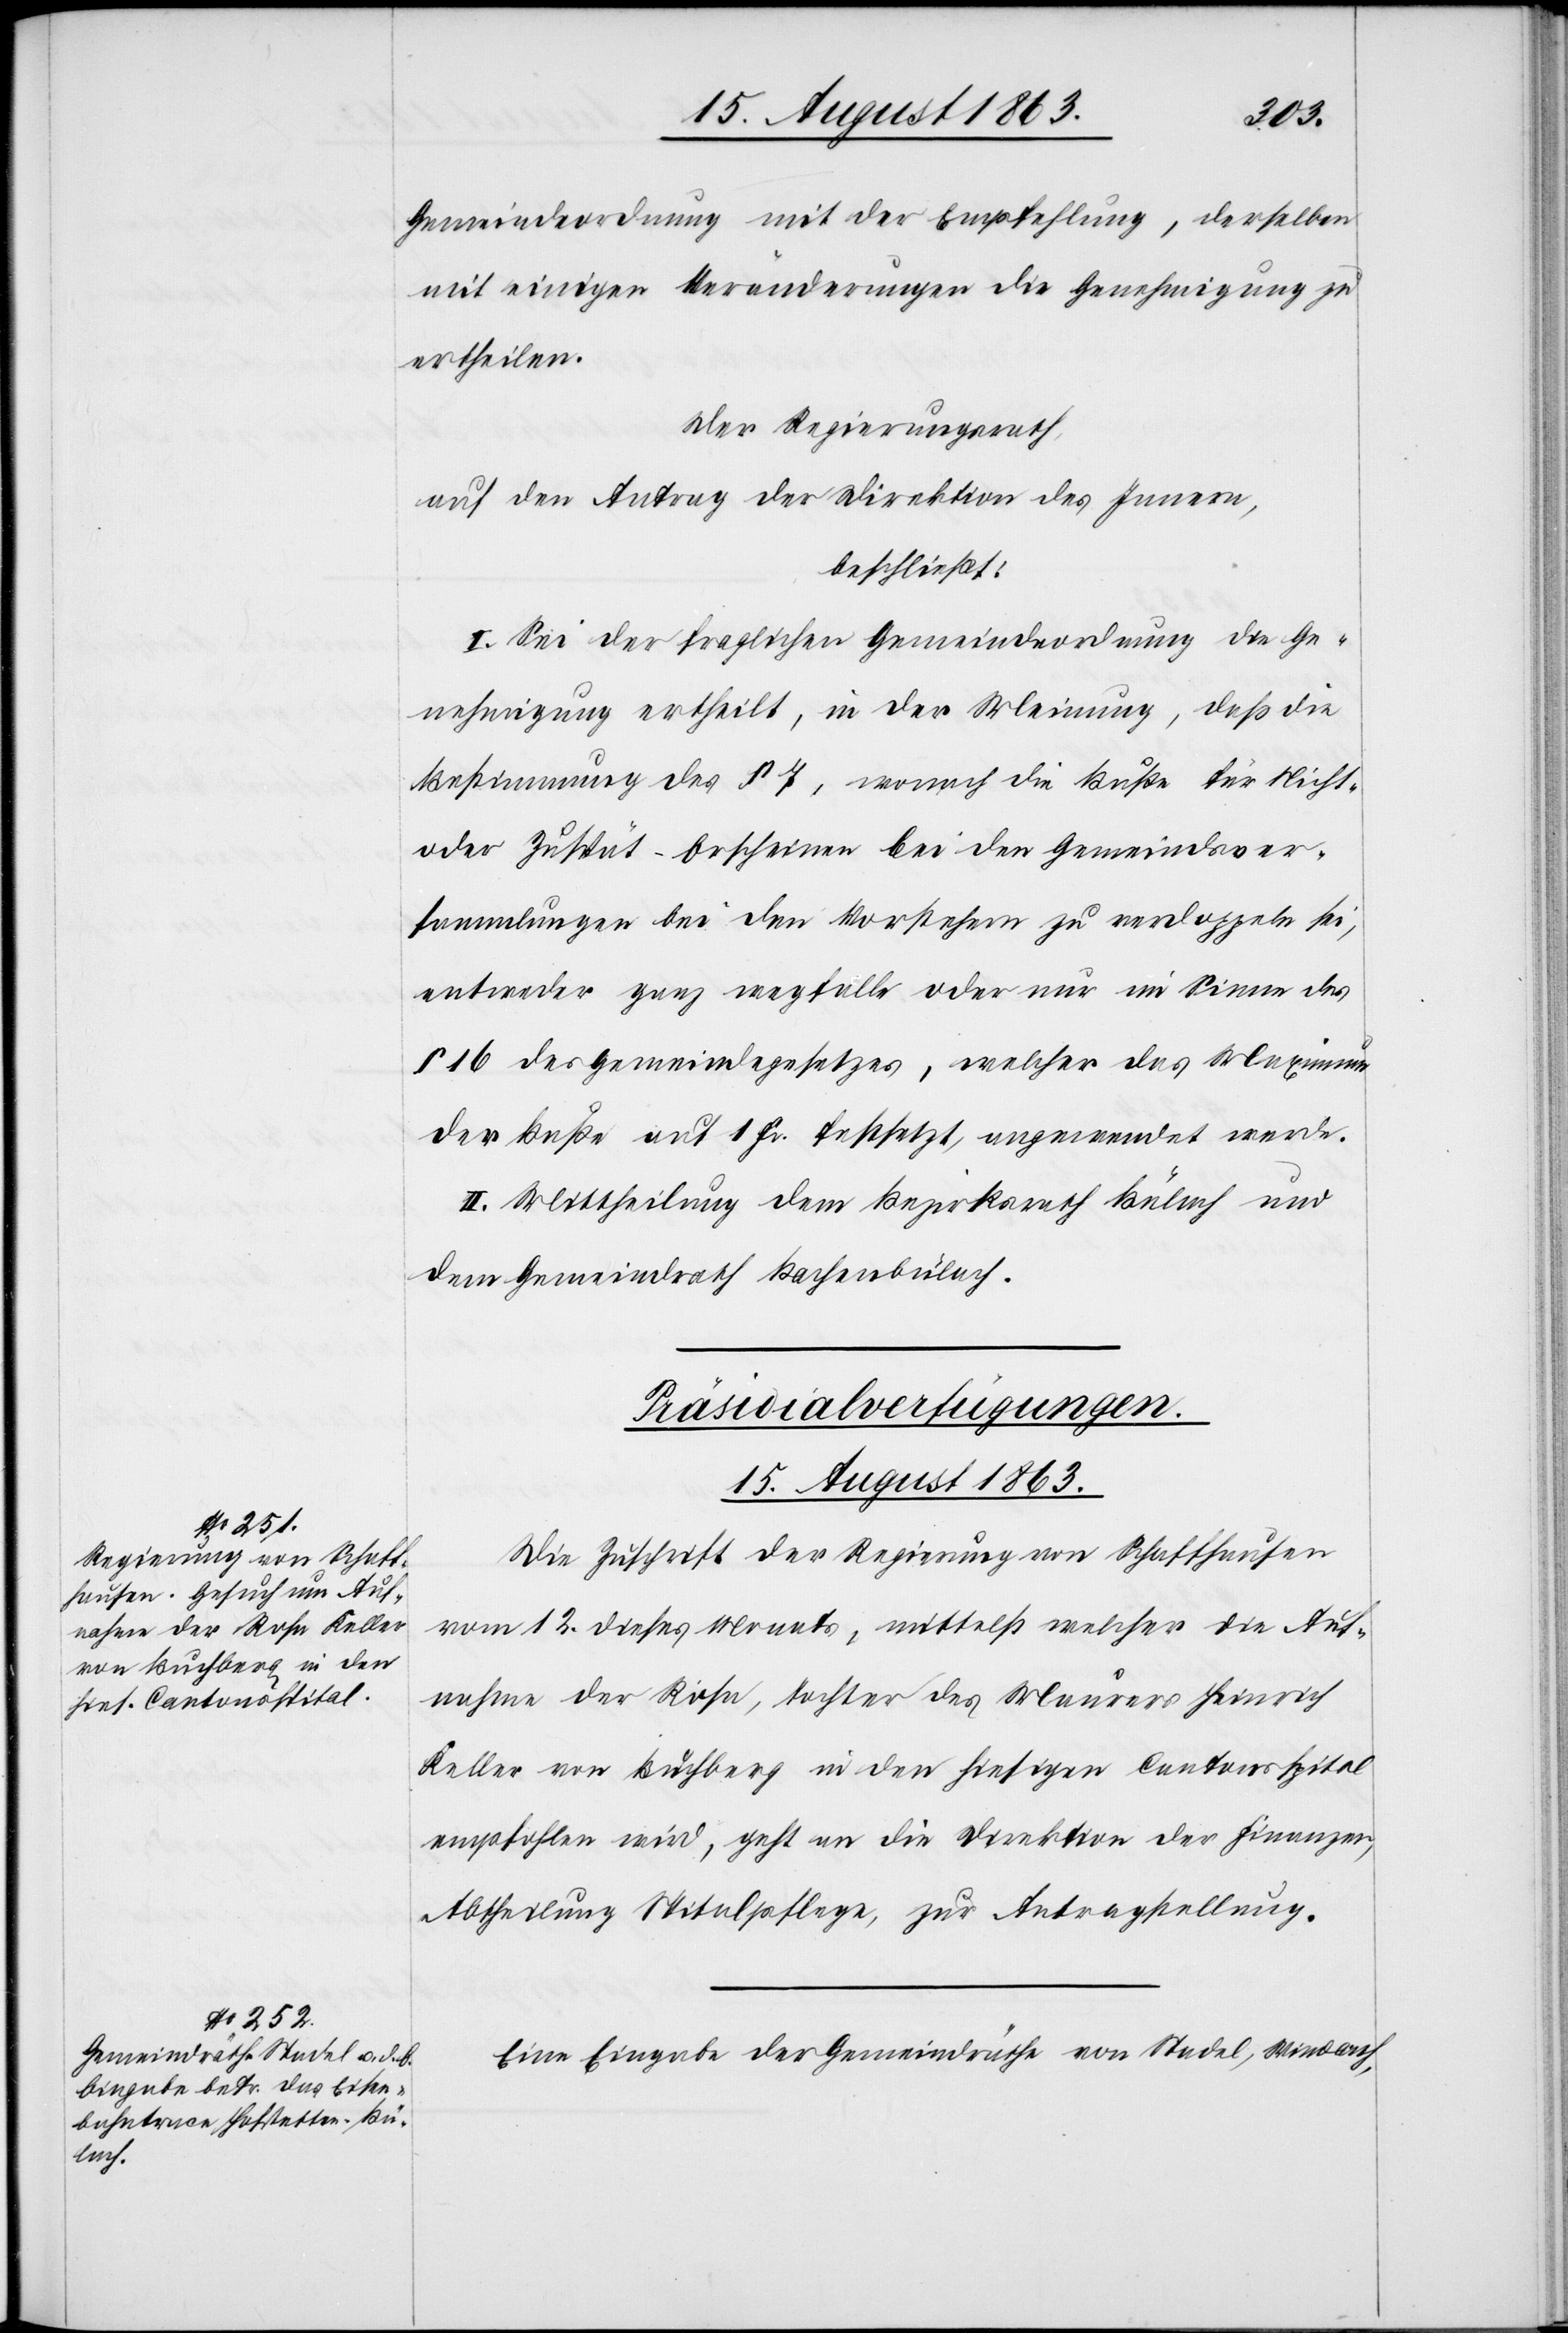
Gemeindeordnung mit der Empfehlung, derselben
mit einigen Veränderungen die Genehmigung zu
ertheilen.
Der Regierungsrath,
auf den Antrag der Direktion des Innern,
beschließt:
I. Sei der fraglichen Gemeindeordnung die Ge¬
nehmigung ertheilt, in der Meinung, daß die
Bestimmung des § 7, wonach die Buße für Nicht-
oder Zuspät-Erscheinen bei den Gemeindsver¬
sammlungen bei den Vorstehern zu verdoppeln sei,
entweder ganz wegfalle oder nur im Sinne des
§ 16 des Gemeindegesetzes, welcher das Maximum
der Buße auf 1 Fr. festsetzt, angewendet werde.
II. Mittheilung dem Bezirksrath Bülach und
dem Gemeindrath Bachenbülach.
[Präsidialverfügungen.
15. August 1863.]
Die Zuschrift der Regierung von Schaffhausen
vom 12. dieses Monats, mittelst welcher die Auf¬
nahme der Rosa, Tochter des Maurers Heinrich
Keller von Buchberg in den hiesigen Cantonsspital
empfohlen wird, geht an die Direktion der Finanzen,
Abtheilung Spitalpflege, zur Antragstellung.
Eine Eingabe der Gemeindräthe von Stadel, Windlach,